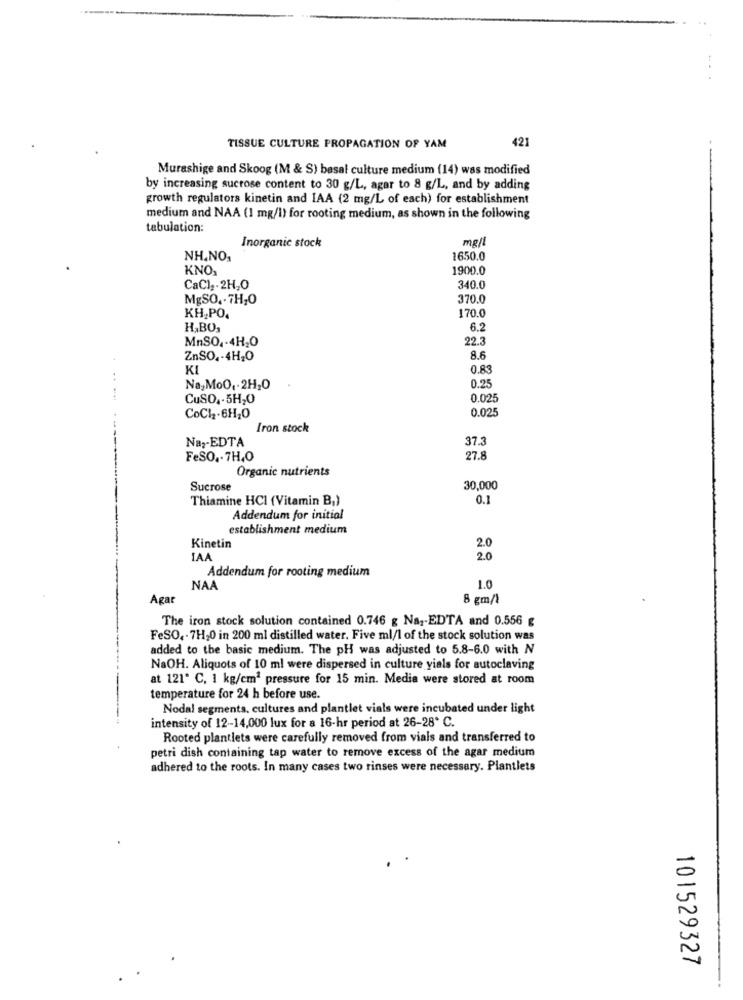
421
TISSUE CULTURE PROPAGATION OF YAM
Murashige and Skoog (M & S) basal culture medium (14) was modified
by increasing sucrose content to 30 g/L, agar to 8 g/L, and by adding
growth regulators kinetin and IAA (2 mg/L of each) for establishment
medium and NAA (1 mg/l) for rooting medium, as shown in the following
tabulation:
Inorganic stock
mg/l
NH.NO.
1650.0
KNO,
1900.0
CaCl2.2H,0
340.0
MgSO .. 7H,0
370.0
KH,PO.
170.0
H,BO,
6.2
MnSO .- 4H,O
22.3
ZnSO .- 4H,O
8.6
KI
O.R
0.25
Na MoO ,. 2H,O
CuSO .. 5H20
0.025
0.025
CoCl2.6H2O
Iron stock
37.
Na2-EDTA
FeSO .. 7H.O
27.8
Organic nutrients
Sucrose
30,000
Thiamine HCI (Vitamin B,)
0.1
Addendum for initial
establishment medium
2.0
Kinetin
IAA
2.0
Addendum for rooting medium
NAA
1.0
Agar
8 gm/l
The iron stock solution contained 0.746 g Na .- EDTA and 0.556 €
FeSO .. 7H,0 in 200 ml distilled water. Five ml/1 of the stock solution was
added to the basic medium. The pH was adjusted to 5.8-6.0 with N
NaOH. Aliquots of 10 ml were dispersed in culture yials for autoclaving
at 121º C. 1 kg/cm2 pressure for 15 min. Media were stored at room
temperature for 24 h before use.
Nodal segments, cultures and plantlet vials were incubated under light
intensity of 12-14,000 lux for a 16-hr period at 26-28* C.
Rooted plantiets were carefully removed from vials and transferred to
petri dish containing tap water to remove excess of the agar medium
adhered to the roots. In many cases two rinses were necessary. Plantlets
101529327